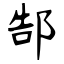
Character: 郜